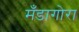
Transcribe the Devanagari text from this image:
मँडागोरा